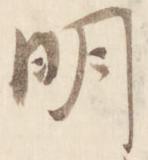
明